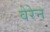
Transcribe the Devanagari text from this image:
वेरेन